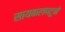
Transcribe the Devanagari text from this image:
सायकलपटूने